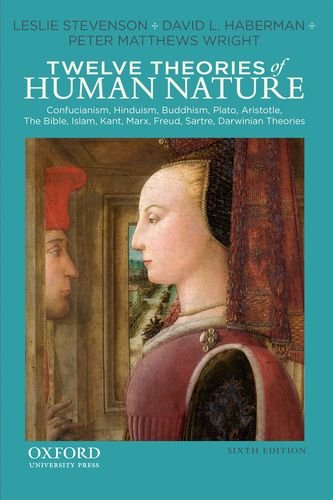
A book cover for Twelve Theories of Human Nature; Leslie Stevenson; Politics & Social Sciences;